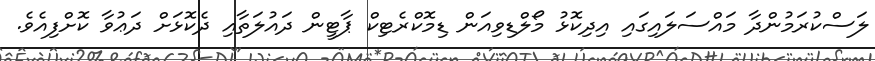
ލަސްކުރަމުންދާ މައްސަލައިގައި އިދިކޮޅު މޯލްޑިވިއަން ޑިމޮކްރެޓިކް ޕާޓީން ދައުލަތާއި ދެކޮޅަށް ދަޢުވާ ކޮށްފިއެވެ.